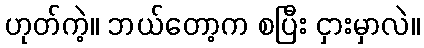
ဟုတ်ကဲ့။ ဘယ်တော့က စပြီး ငှားမှာလဲ။